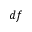
d f